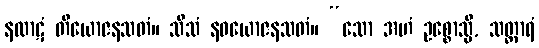
နလာဋံ တိယောဇနသတံ။ သီသံ နဝယောဇနသတံ။ “သော အဟံ ဥစ္စောသ္မိ, သတ္ထာရံ